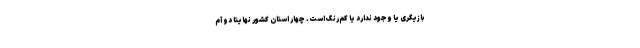
بازیگری یا وجود ندارد یا کم‌رنگ است. چهار استان کشور نهایتا دو آم